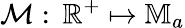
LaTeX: \mathcal{M}:\, \mathbb{R}^{+}\mapsto\mathbb{M}_{a}